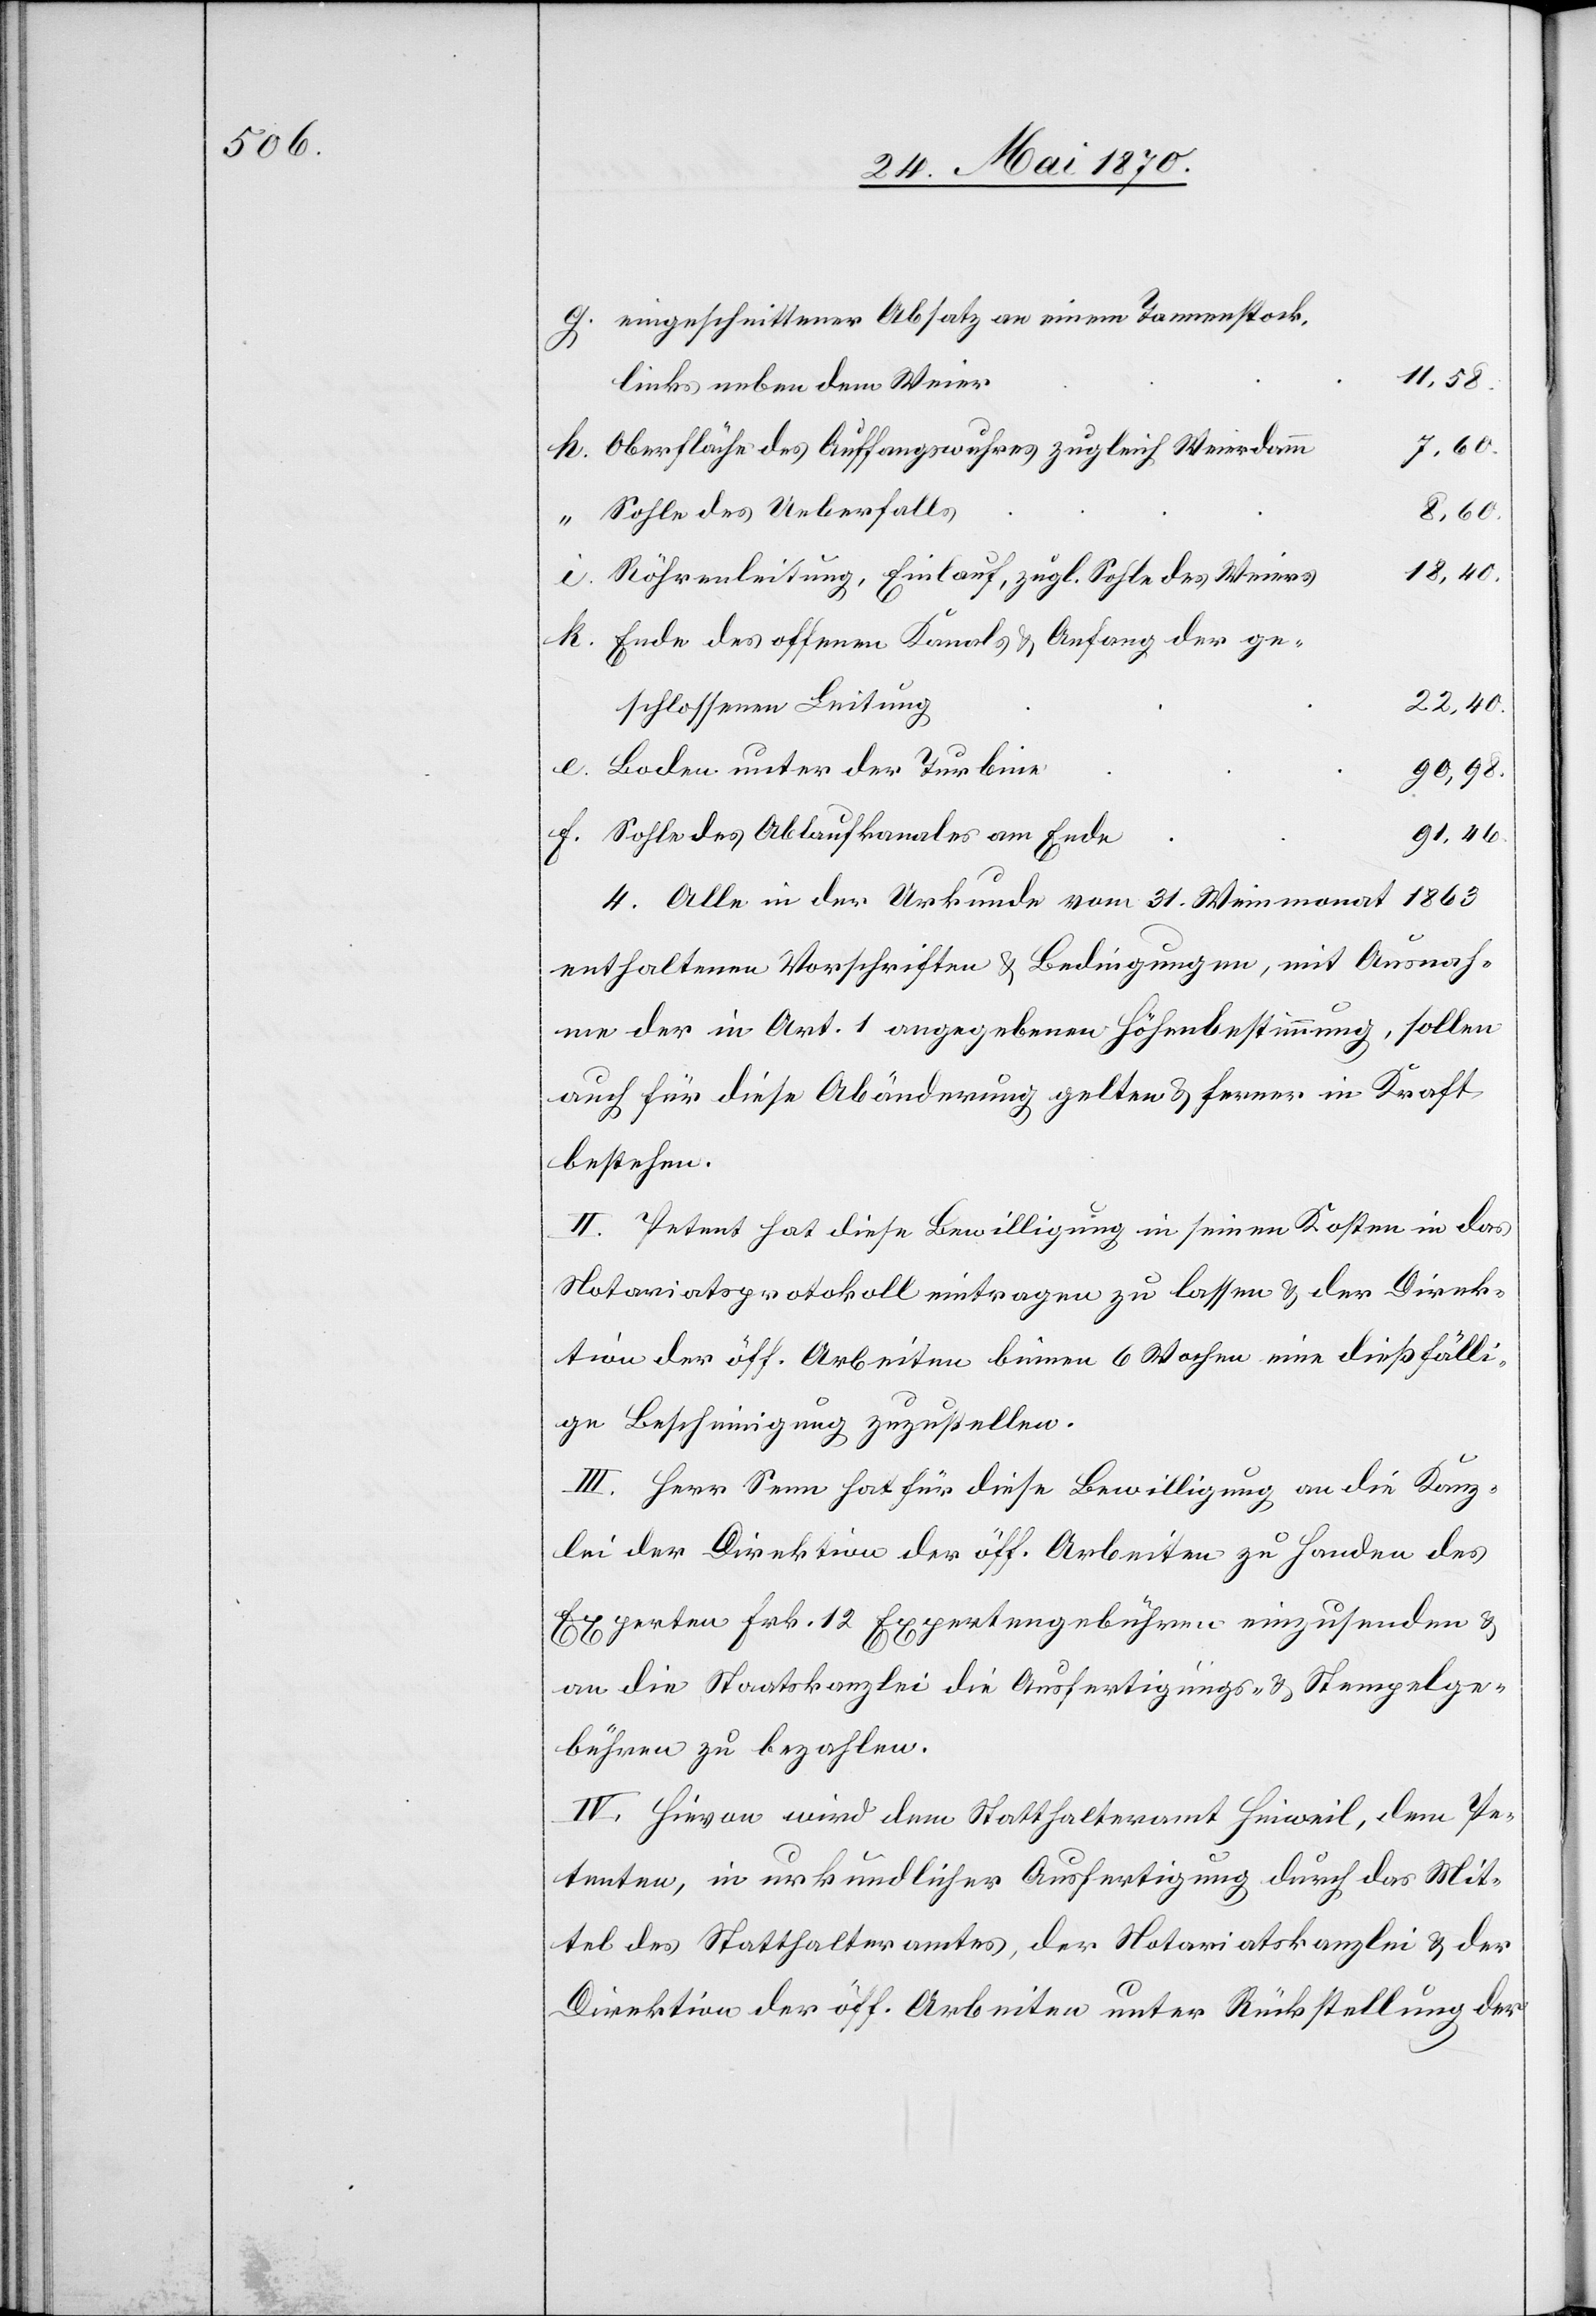
eingeschnittener Absatz an einem Tannenstock,
11,58.
links neben dem Weier
Oberfläche des Auffangswuhres zugleich Weierdamm
7.60.
Sohle des Ueberfalls
18,40.
Röhrenleitung, Einlauf, zugl. Sohle des Weiers
Ende des offenen Kanals & Anfang der ge¬
22,40.
schlossenen Leitung
Boden unter der Turbine
91,46.
Sohle des Ablaufkanales am Ende
1863
4. Alle in der Urkunde vom 31. Weinmonat
enthaltenen Vorschriften & Bedingungen, mit Ausnah¬
me der in Art. 1 angegebenen Höhenbestimmung, sollen
auch für diese Abänderung gelten & ferner in Kraft
bestehen.
II. Petent hat diese Bewilligung in seinen Kosten in das
Notariatsprotokoll eintragen zu lassen & der Direk¬
tion der öff. Arbeiten binnen 6 Wochen eine dießfäll¬
ige Bescheinigung zuzustellen.
III. Herr Senn hat für diese Bewilligung an die Kanz¬
lei der Direktion der öff. Arbeiten zu Handen des
Experten Frk. 12 Expertengebühren einzusenden &
an die Staatskanzlei die Ausfertigungs- & Stempelge¬
bühren zu bezahlen.
IV. Hievon wird dem Statthalteramt Hinweil, dem Pe¬
tenten, in urkundlicher Ausfertigung durch das Mit¬
tel des Statthalteramtes, der Notariatskanzlei & der
Direktion der öff. Arbeiten unter Rückstellung der